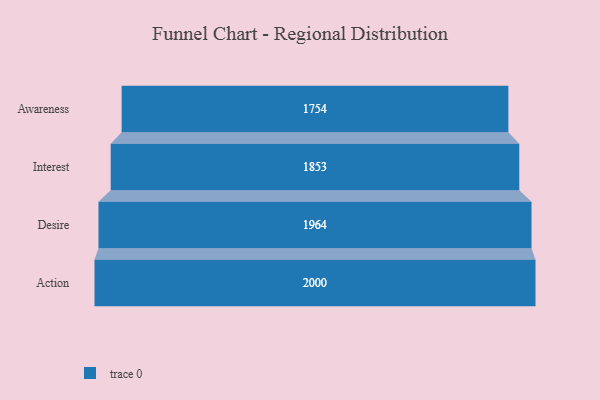
{"axis": {"x": "Stage", "y": "Value"}, "legend": [""], "data": [{"x": "Awareness", "y": 1754.0, "type": ""}, {"x": "Interest", "y": 1853.0, "type": ""}, {"x": "Desire", "y": 1964.0, "type": ""}, {"x": "Action", "y": 2000, "type": ""}]}